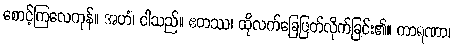
စောင့်ကြလေကုန်။ အဟံ၊ ငါသည်။ ဧတဿ၊ ထိုလက်ခြေဖြတ်လိုက်ခြင်း၏။ ကာရဏာ၊